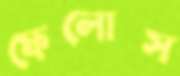
ফেলোস